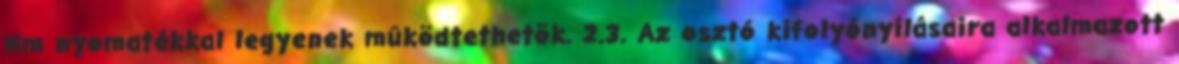
Nm nyomatékkal legyenek mûködtethetõk. 2.3. Az osztó kifolyónyílásaira alkalmazott